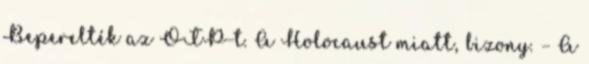
Beperelték az OTP-t. A Holocaust miatt, bizony. – A